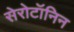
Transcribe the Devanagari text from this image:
सेरोटॉनिन